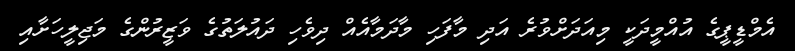
އެމްޑީޕީގެ އުއްމީދަކީ މިއަދަށްވުރެ އަދި މާފަހި މާދަމާއެއް ދިވެހި ދައުލަތުގެ ވަޒީރުންގެ މަޖިލީހަށާއި